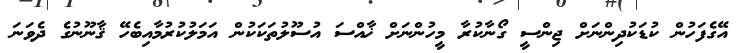
އޭގެފަހުން ކުޑަކުދިންނަށް ޖިންސީ ގޯނާކުރާ މީހުންނަށް ޚާއްސަ އުސޫލުތަކަކުން އަމަލުކުރުމާއިބެހޭ ޤާނޫނުގެ ދެވަނަ